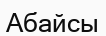
Абайсы